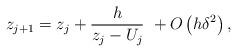
LaTeX: \begin{align*} z_{j+1} = z_{j} + \frac{h}{z_j-U_j} \ + O\left( {h\delta^2} \right) , \end{align*}